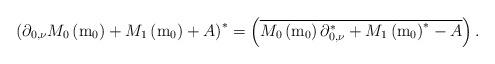
LaTeX: \begin{align*}\left(\partial_{0,\nu}M_{0}\left(\mathrm{m}_{0}\right)+M_{1}\left(\mathrm{m}_{0}\right)+A\right)^{*}=\left(\overline{M_{0}\left(\mathrm{m}_{0}\right)\partial_{0,\nu}^{*}+M_{1}\left(\mathrm{m}_{0}\right)^{*}-A}\right).\end{align*}